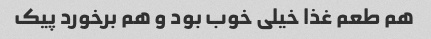
هم طعم غذا خیلی خوب بود و هم برخورد پیک